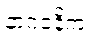
နာဂဝနိကံ